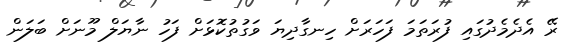
ރޭ އެދެމެދުގައި ފުރަތަމަ ފަހަރަށް ހިނގާދިޔަ ވަގުތުކޮޅަށް ފަހު ނާޔަލް މޫނަށް ބަލަން